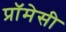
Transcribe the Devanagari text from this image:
प्रॉमेसी